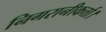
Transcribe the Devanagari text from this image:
निगरानीकर्त्ता।